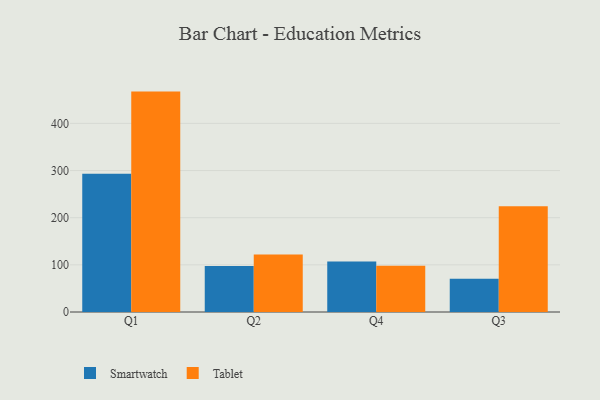
{"axis": {"x": "Quarter", "y": "Humidity (%)"}, "legend": ["Smartwatch", "Tablet"], "data": [{"x": "Q1", "y": 293.1, "type": "Smartwatch"}, {"x": "Q1", "y": 467.4, "type": "Tablet"}, {"x": "Q2", "y": 97.6, "type": "Smartwatch"}, {"x": "Q2", "y": 121.8, "type": "Tablet"}, {"x": "Q4", "y": 106.9, "type": "Smartwatch"}, {"x": "Q4", "y": 98.1, "type": "Tablet"}, {"x": "Q3", "y": 70.6, "type": "Smartwatch"}, {"x": "Q3", "y": 224.1, "type": "Tablet"}]}